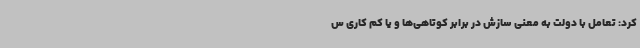
کرد: تعامل با دولت به معنی سازش در برابر کوتاهی‌ها و یا کم کاری س